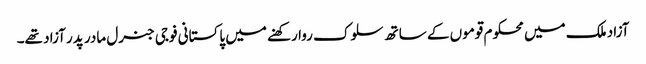
آزاد ملک میں محکوم قوموں کے ساتھ سلوک روا رکھنے میں پاکستانی فوجی جنرل مادر پدر آزاد تھے۔